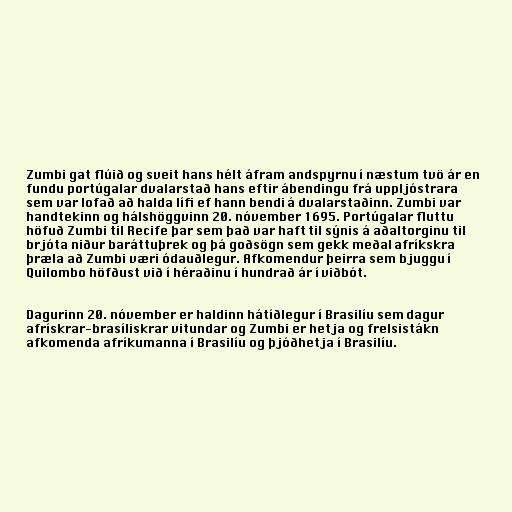
Zumbi gat flúið og sveit hans hélt áfram andspyrnu í næstum tvö ár en
fundu portúgalar dvalarstað hans eftir ábendingu frá uppljóstrara
sem var lofað að halda lífi ef hann bendi á dvalarstaðinn. Zumbi var
handtekinn og hálshöggvinn 20. nóvember 1695. Portúgalar fluttu
höfuð Zumbi til Recife þar sem það var haft til sýnis á aðaltorginu til
brjóta niður baráttuþrek og þá goðsögn sem gekk meðal afríkskra
þræla að Zumbi væri ódauðlegur. Afkomendur þeirra sem bjuggu í
Quilombo höfðust við í héraðinu í hundrað ár í viðbót.

Dagurinn 20. nóvember er haldinn hátíðlegur í Brasilíu sem dagur
afrískrar-brasíliskrar vitundar og Zumbi er hetja og frelsistákn
afkomenda afríkumanna í Brasilíu og þjóðhetja í Brasilíu.